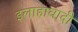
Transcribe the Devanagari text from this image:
इलाहावादी